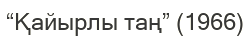
“Қайырлы таң” (1966)